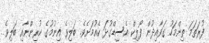
ފުރަތަމަ ތިންމަހު ގަވާއިދުން ފޯލިކް އެސިޑްގުޅަ ކެއުމަށެވެ. ބަލިވެ އިނުމުގެ ކުރިންނާއި ބަލިވެ